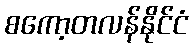
စကော့တလန်နိုင်ငံ